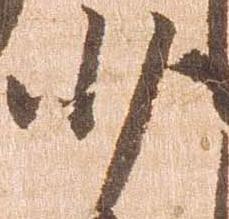
少